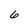
Character: 6